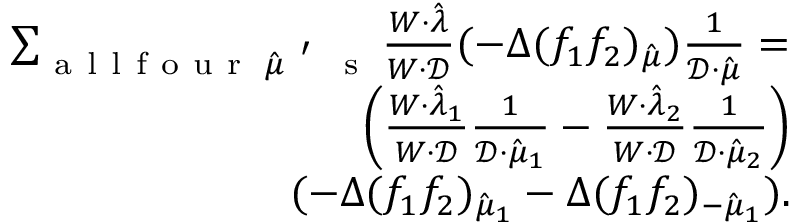
\begin{array} { r l } { \sum _ { \mathrm { ~ a ~ l ~ l ~ f ~ o ~ u ~ r ~ } \; \hat { \mu } ^ { \mathrm { ~ ' ~ } } \mathrm { ~ s ~ } } \frac { W \cdot \hat { \lambda } } { W \cdot \mathcal { D } } ( - \Delta ( f _ { 1 } f _ { 2 } ) _ { \hat { \mu } } ) \frac { 1 } { \mathcal { D } \cdot \hat { \mu } } = } & { { } } \\ { \left( \frac { W \cdot \hat { \lambda } _ { 1 } } { W \cdot \mathcal { D } } \frac { 1 } { \mathcal { D } \cdot \hat { \mu } _ { 1 } } - \frac { W \cdot \hat { \lambda } _ { 2 } } { W \cdot \mathcal { D } } \frac { 1 } { \mathcal { D } \cdot \hat { \mu } _ { 2 } } \right) } & { { } } \\ { ( - \Delta ( f _ { 1 } f _ { 2 } ) _ { \hat { \mu } _ { 1 } } - \Delta ( f _ { 1 } f _ { 2 } ) _ { - \hat { \mu } _ { 1 } } ) . } \end{array}